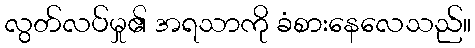
လွတ်လပ်မှု၏ အရသာကို ခံစားနေလေသည်။